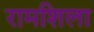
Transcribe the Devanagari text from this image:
रामशिला